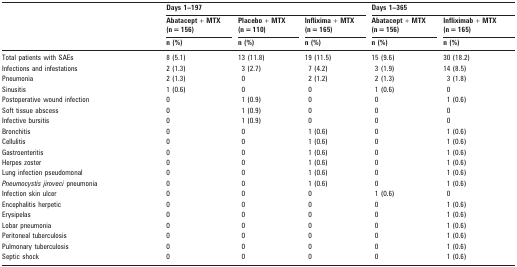
<table><thead><tr><td rowspan="3"></td><td colspan="3"><b>Days 1–197</b></td><td colspan="2"><b>Days 1–365</b></td></tr><tr><td><b>Abatacept + MTX (n = 156)</b></td><td><b>Placebo + MTX (n = 110)</b></td><td><b>Inflixima + MTX (n = 165)</b></td><td><b>Abatacept + MTX (n = 156)</b></td><td><b>Infliximab + MTX (n = 165)</b></td></tr><tr><td><b>n (%)</b></td><td><b>n (%)</b></td><td><b>n (%)</b></td><td><b>n (%)</b></td><td><b>n (%)</b></td></tr></thead><tbody><tr><td>Total patients with SAEs</td><td>8 (5.1)</td><td>13 (11.8)</td><td>19 (11.5)</td><td>15 (9.6)</td><td>30 (18.2)</td></tr><tr><td>Infections and infestations</td><td>2 (1.3)</td><td>3 (2.7)</td><td>7 (4.2)</td><td>3 (1.9)</td><td>14 (8.5)</td></tr><tr><td>Pneumonia</td><td>2 (1.3)</td><td>0</td><td>2 (1.2)</td><td>2 (1.3)</td><td>3 (1.8)</td></tr><tr><td>Sinusitis</td><td>1 (0.6)</td><td>0</td><td>0</td><td>1 (0.6)</td><td>0</td></tr><tr><td>Postoperative wound infection</td><td>0</td><td>1 (0.9)</td><td>0</td><td>0</td><td>1 (0.6)</td></tr><tr><td>Soft tissue abscess</td><td>0</td><td>1 (0.9)</td><td>0</td><td>0</td><td>0</td></tr><tr><td>Infective bursitis</td><td>0</td><td>1 (0.9)</td><td>0</td><td>0</td><td>0</td></tr><tr><td>Bronchitis</td><td>0</td><td>0</td><td>1 (0.6)</td><td>0</td><td>1 (0.6)</td></tr><tr><td>Cellulitis</td><td>0</td><td>0</td><td>1 (0.6)</td><td>0</td><td>1 (0.6)</td></tr><tr><td>Gastroenteritis</td><td>0</td><td>0</td><td>1 (0.6)</td><td>0</td><td>1 (0.6)</td></tr><tr><td>Herpes zoster</td><td>0</td><td>0</td><td>1 (0.6)</td><td>0</td><td>1 (0.6)</td></tr><tr><td>Lung infection pseudomonal</td><td>0</td><td>0</td><td>1 (0.6)</td><td>0</td><td>1 (0.6)</td></tr><tr><td><i>Pneumocystis jiroveci</i> pneumonia</td><td>0</td><td>0</td><td>1 (0.6)</td><td>0</td><td>1 (0.6)</td></tr><tr><td>Infection skin ulcer</td><td>0</td><td>0</td><td>0</td><td>1 (0.6)</td><td>0</td></tr><tr><td>Encephalitis herpetic</td><td>0</td><td>0</td><td>0</td><td>0</td><td>1 (0.6)</td></tr><tr><td>Erysipelas</td><td>0</td><td>0</td><td>0</td><td>0</td><td>1 (0.6)</td></tr><tr><td>Lobar pneumonia</td><td>0</td><td>0</td><td>0</td><td>0</td><td>1 (0.6)</td></tr><tr><td>Peritoneal tuberculosis</td><td>0</td><td>0</td><td>0</td><td>0</td><td>1 (0.6)</td></tr><tr><td>Pulmonary tuberculosis</td><td>0</td><td>0</td><td>0</td><td>0</td><td>1 (0.6)</td></tr><tr><td>Septic shock</td><td>0</td><td>0</td><td>0</td><td>0</td><td>1 (0.6)</td></tr></tbody></table>